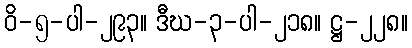
ဝိ-၅-ပါ-၂၉၃။ ဒီဃ-၃-ပါ-၂၁၈။ ဋ္ဌ-၂၂၈။